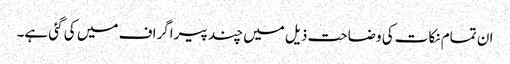
ان تمام نکات کی وضاحت ذیل میں چند پیراگراف میں کی گئی ہے۔